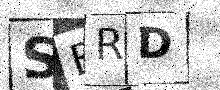
Text: SBRD